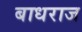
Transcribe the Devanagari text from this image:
बाधराज